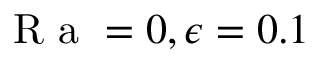
\mathrm { ~ R ~ a ~ } = 0 , \epsilon = 0 . 1